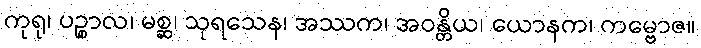
ကုရု၊ ပဉ္စာလ၊ မစ္ဆ၊ သုရသေန၊ အဿက၊ အဝန္တိယ၊ ယောနက၊ ကမ္ဗောဇ။